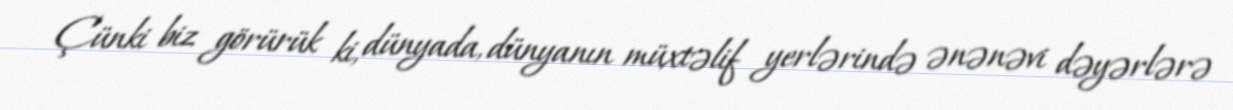
Çünki biz görürük ki, dünyada, dünyanın müxtəlif yerlərində ənənəvi dəyərlərə